Report of the Indian Hemp Drugs Commission, 1894-1895 - Volume III
Year: 1894
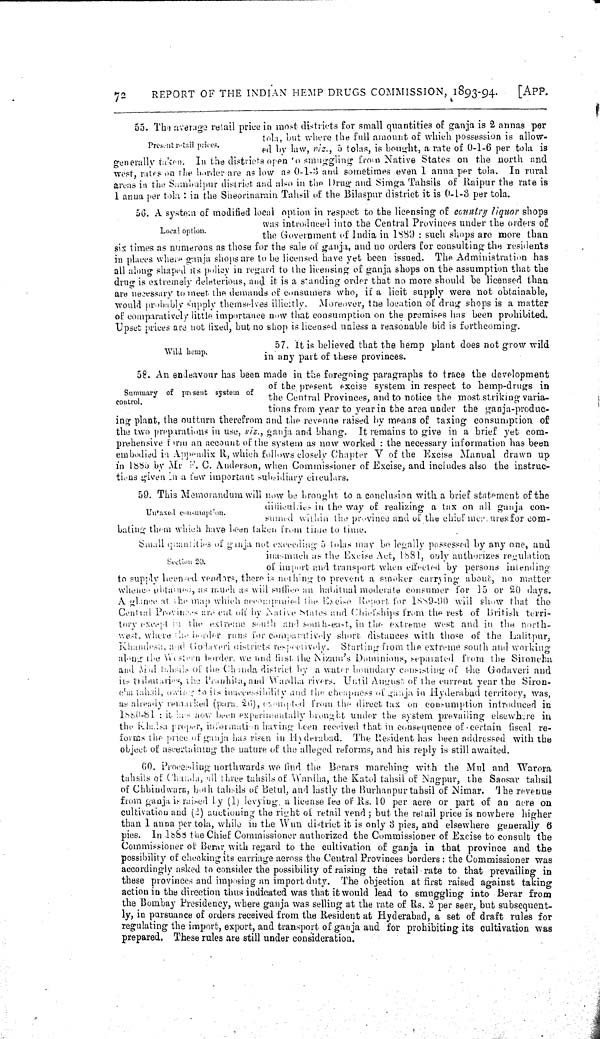
72
REPORT OF THE INDIAN HEMP DRUGS COMMISSION, 1893-94.
[APP.
Present retail prices.
55. The average retail price in most districts for small quantities of ganja is 2 annas per
tola, but where the full amount of which possession is allow-
ed by law, viz., 5 tolas, is bought, a rate of 0-1-6 per tola is
generally taken. In the districts open 'o smuggling from Native States on the north and
west, rates on the border are as low as 0-1-3 and sometimes even 1 anna per tola. In rural
areas in the Sambulpur district and also in the Drug and Simga Tahsils of Raipur the rate is
1 anua per tola: in the Sheorinarain Tahsil of the Bilaspur district it is 0-1-3 per tola.
Local option.
56. A system of modified local option in respect to the licensing of country liquor shops
was introduced into the Central Provinces under the orders of
the Government of India in 1889: such shops are more than
six times as numerous as those for the sale of ganja, and no orders for consulting the residents
in places where ganja shops are to be licensed have yet been issued. The Administration has
all along shaped its policy in regard to the licensing of ganja shops on the assumption that the
drug is extremely deleterious, and it is a standing order that no more should be licensed than
are necessary to meet the demands of consumers who, if a licit supply were not obtainable,
would probably supply themselves illicitly. Moreover, the location of drug shops is a matter
of comparatively little importance now that consumption on the premises has been prohibited.
Upset prices are not fixed, but no shop is licensed unless a reasonable bid is forthcoming.
Wild hemp.
57. It is believed that the hemp plant does not grow wild
in any part of these provinces.
Summary of present system of
control.
58. An endeavour has been made in the foregoing paragraphs to trace the development
of the present excise system in respect to hemp-drugs in
the Central Provinces, and to notice the most striking varia-
tions from year to year in the area under the ganja-produc-
ing plant, the outturn therefrom and the revenue raised by means of taxing consumption of
the two preparations in use, viz., ganja and bhang. It remains to give in a brief yet com-
prehensive form an account of the system as now worked: the necessary information has been
embodied in Appendix R, which follows closely Chapter V of the Excise Manual drawn up
in 1885 by Mr R. C. Anderson, when Commissioner of Excise, and includes also the instruc-
tions given In a few important subsidiary circulars.
Untaxed cousumption.
Section 20.
59. This Memorandum will now be brought to a conclusion with a brief statement of the
difficulties in the way of realizing a tax on all ganja con-
sumed within the province and of the chief mesures for com-
bating them which have been taken from time to time.
Small quantities of ganja not exceeding 5 tolas may bo legally possessed by any one, and
inasmuch as the Excise Act, 1881, only authorizes regulation
of import and transport when effected by persons intending
to supply licenced veodars, there is nothing to prevent a smoker carrying about, no matter
whenc obtannes, as much as will suffice an habitual moderate consumer for 15 or 20 days.
A glance at the map which accompanied the Excise Report for 1889-90 will show that the
Central Provinces are cut off by Native Males and Chiefships from the rest of British terri-
tory except in the extreme south and south-east, in the extreme west and in the north-
west, where the herder runs for comparatively short distances with those of the Lalitpur,
Khandesh, and Godaveri districts respectively
Starting from the extreme south and working
along the Western border, we had first the Nizam's Dominions, separated from the Sironcha
and Atul tahasils of the Chanda district by a water boundary consisting of the Godaveri and
its tributaries, the Pranhita, and Wardha rivers. Until August of the current year the Siron-
cha tahasils, owing to its inaccessibility and the cheapness of ganja in Hyderabad territory, was,
as already remarked (para. 26), exempted from the direct tax on comumption introduced in
1880-81: is has now been experimentally brought under the system prevailing elsewhere in
the Khalsa proper, information having been received that in consequence of certain fiscal re-
forms the price of ganja has risen in Hyderabad. The Resident has been addressed with the
object of ascertaining the nature of the alleged reforms, and his reply is still awaited.
60. Proceeding northwards we find the Berars marching with the Mul and Warora
tahsils of Chanda, all three tahsils of Wardha, the Katol tahsil of Nagpur, the Saosar tahsil
of Chhindwara, both tahsils of Betul, and lastly the Burhanpurtahsil of Nimar. The revenue
from ganja, is raised by (1) levying, a license fee of Rs. 10 per acre or part of an acre on
cultivation and (2) auctioning the right of retail vend; but the retail price is nowhere higher
than 1 anna per tola, while in the Wun district it is only 3 pies, and elsewhere generally 6
pies. In 1888 the Chief Commissioner authorized the Commissioner of Excise to consult the
Commissioner of Berar with regard to the cultivation of ganja in that province and the
possibility of checking its carriage across the Central Provinces borders: the Commissioner was
accordingly asked to consider the possibility of raising the retail rate to that prevailing in
these provinces and imposing an import duty. The objection at first raised against taking
action in the direction thus indicated was that it would lead to smuggling into Berar from
the Bombay Presidency, where ganja was selling at the rate of Rs. 2 per seer, but subsequent-
ly, in pursuance of orders received from the Resident at Hyderabad, a set of draft rules for
regulating the import, export, and transport of ganja and for prohibiting its cultivation was
prepared. These rules are still under consideration.